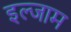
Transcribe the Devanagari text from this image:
इल्‍जाम